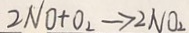
2 N O + O _ { 2 } \rightarrow 2 N O _ { 2 }